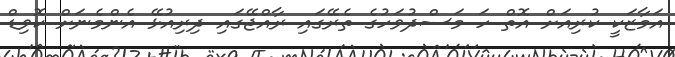
އަމާޒަކީ ކުރިއަށް އޮތް ހަ މަސްދުވަހުގެ ތެރޭގައި ރާއްޖޭގައި ދިރިއުޅޭ އެންމެނަށް ކޮވިޑް